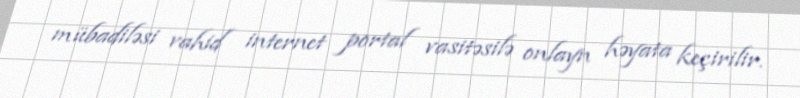
mübadiləsi vahid internet portal vasitəsilə onlayn həyata keçirilir.